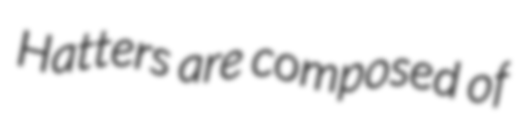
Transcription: Hatters are composed of